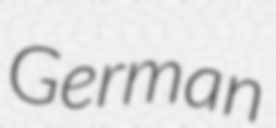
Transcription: German